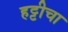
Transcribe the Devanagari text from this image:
हट्टीचा